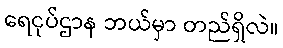
ရေငုပ်ဌာန ဘယ်မှာ တည်ရှိလဲ။